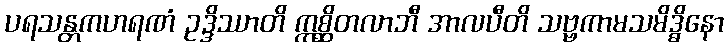
ပရသန္တကဟရဏံ ဥဒ္ဒိဿာတိ ဣစ္ဆိတလာဘီ အာလပီတိ သဗ္ဗကာမသမိဒ္ဓိနော